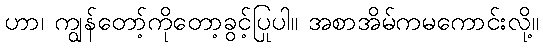
ဟာ၊ ကျွန်တော့်ကိုတော့ခွင့်ပြုပါ။ အစာအိမ်ကမကောင်းလို့။